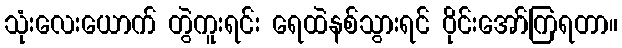
သုံးလေးယောက် တွဲကူးရင်း ရေထဲနစ်သွားရင် ဝိုင်းအော်ကြရတာ။